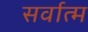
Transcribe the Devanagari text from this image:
सर्वात्म